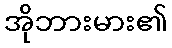
အိုဘားမား၏